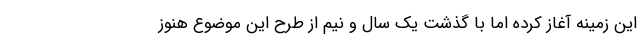
این زمینه آغاز کرده اما با گذشت یک سال و نیم از طرح این موضوع هنوز